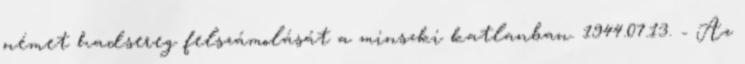
német hadsereg felszámolását a minszki katlanban. 1944.07.13. - Az